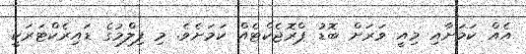
އެއް ކަމަށާއި މިއީ ވަރަށް ބޮޑު ޕްރޮޖެކްޓެއް ކަމަށެވެ. މި ފިލްމުގެ ޑައިރެކްޓަރަކީ